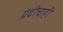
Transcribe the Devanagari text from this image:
ग्रंथीचाही